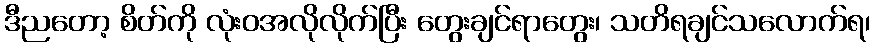
ဒီညတော့ စိတ်ကို လုံးဝအလိုလိုက်ပြီး တွေးချင်ရာတွေး၊ သတိရချင်သလောက်ရ၊